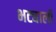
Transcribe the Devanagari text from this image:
भट्याली